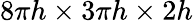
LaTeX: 8\pi h\times 3\pi h\times 2h